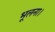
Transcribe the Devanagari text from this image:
भूलना।